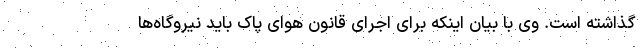
گذاشته است. وی با بیان اینکه برای اجرای قانون هوای پاک باید نیروگاه‌ها